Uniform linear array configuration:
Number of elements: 64
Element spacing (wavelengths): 0.5
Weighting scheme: binomial
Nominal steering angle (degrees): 15
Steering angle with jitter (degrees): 13.06
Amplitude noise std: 0.05
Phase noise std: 0.05

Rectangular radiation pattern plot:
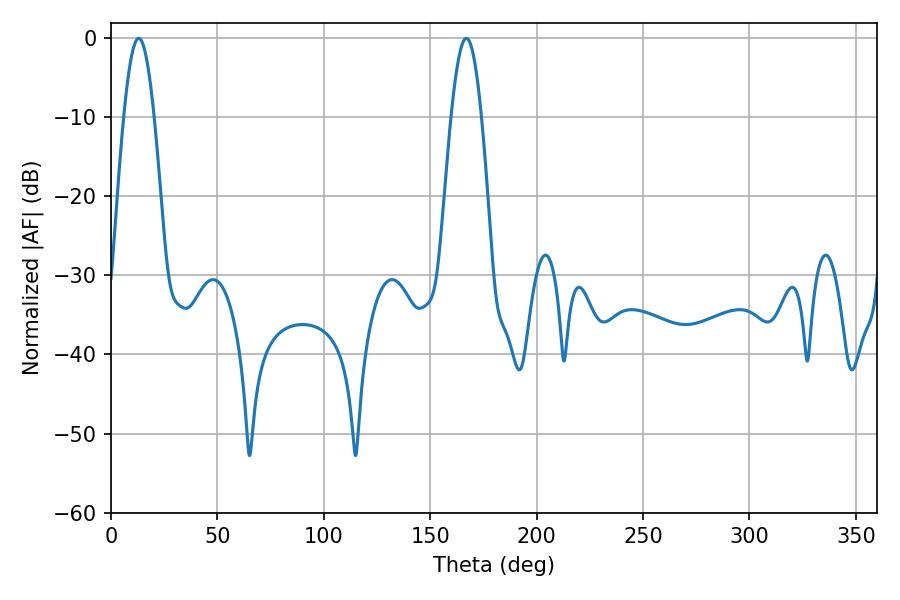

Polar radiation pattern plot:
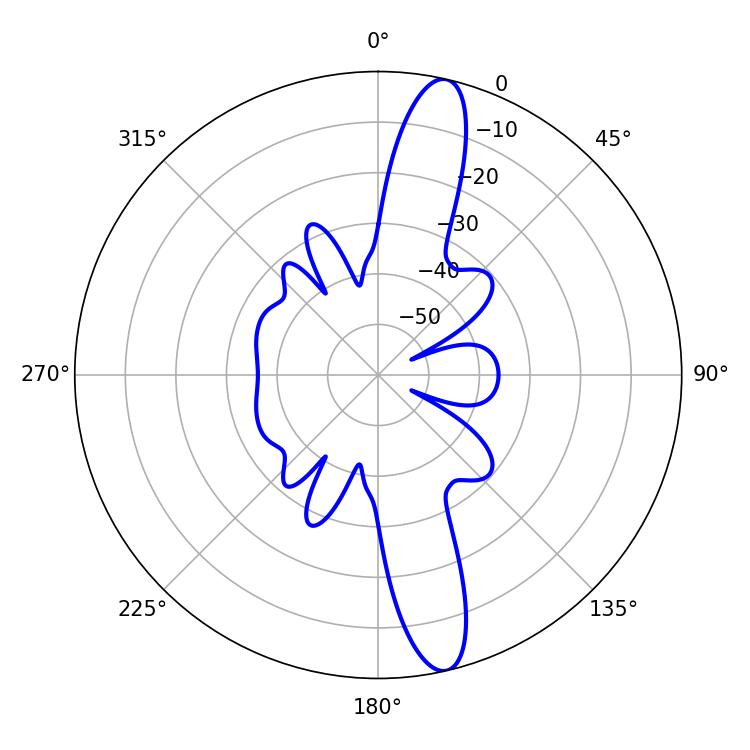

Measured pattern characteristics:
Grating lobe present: FALSE
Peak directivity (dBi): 14.824
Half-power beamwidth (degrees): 7.74
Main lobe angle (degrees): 12.96